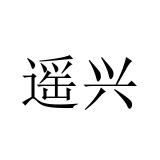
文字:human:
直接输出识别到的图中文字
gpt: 遥兴